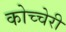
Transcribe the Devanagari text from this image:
कोच्चेरी